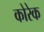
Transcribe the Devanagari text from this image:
कोरेक